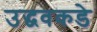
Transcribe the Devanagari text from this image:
उद्धवकडे